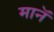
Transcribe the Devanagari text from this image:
मानॅ